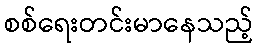
စစ်ရေးတင်းမာနေသည့်